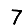
Digit: 7